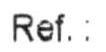
REF.: